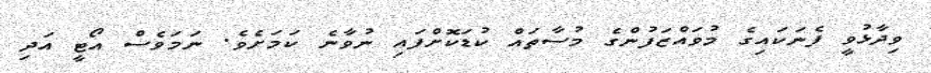
ވިދާޅުވީ ފެނަކައިގެ މުވައްޒަފުންގެ މުސާތައް ކުޑަކޮށްފައި ނުވާނެ ކަމަށެވެ. ނަމަވެސް އޯޓީ އަދި